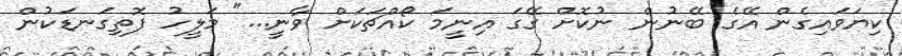
ކިޔަވައިގެން އޭގެ ބޭނުން ނުކޮށް ގޭގަ އިނީމަ ކޯއްޗަަކަށް ވާނީ..." މަލީހު ފޮތިގަނޑަކުން